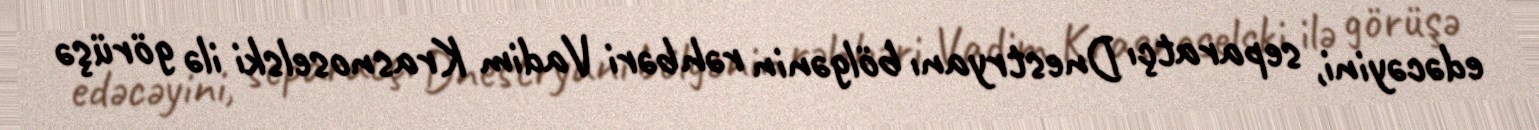
edəcəyini, separatçı Dnestryanı bölgənin rəhbəri Vadim Krasnoselski ilə görüşə